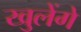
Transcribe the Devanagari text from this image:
खुलेंगे